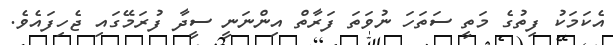
އެކަމަކު ފިތުގެ މަތީ ސަތަހަ ނުވަތަ ފަރާތް އިންނަނީ ސީދާ ފުރަމޭގައި ޖެހިފައެވެ.